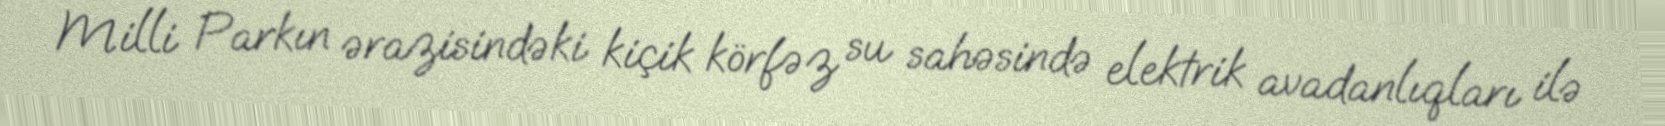
Milli Parkın ərazisindəki kiçik körfəz su sahəsində elektrik avadanlıqları ilə